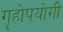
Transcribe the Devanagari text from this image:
गॄहोपयोगी